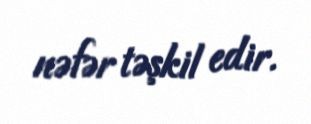
nəfər təşkil edir.